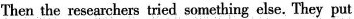
Then the researchers tried something clse. They put